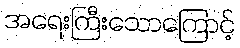
အရေးကြီးသောကြောင့်